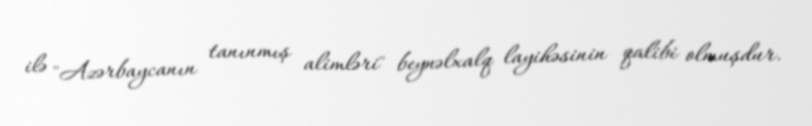
ilə "Azərbaycanın tanınmış alimləri" beynəlxalq layihəsinin qalibi olmuşdur.